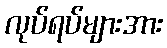
လုပ်ရပ်များအား